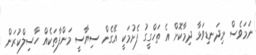
ނަމަވެސް މިދަނޑިވަޅާ ދިމާކޮށް އެ ތަހްގީގު ފެށުމަކީ އޭގެން ސިޔާސީ މަންފާތަކެއް ހާސިލްކުރަން